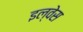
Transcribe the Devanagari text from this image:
इल्वेस